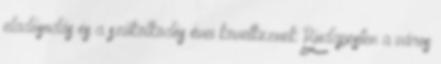
eladósodás és a szűkölködés évei következnek Budapesten a város